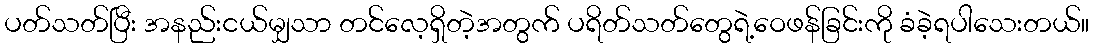
ပတ်သတ်ပြီး အနည်းငယ်မျှသာ တင်လေ့ရှိတဲ့အတွက် ပရိတ်သတ်တွေရဲ့ဝေဖန်ခြင်းကို ခံခဲ့ရပါသေးတယ်။